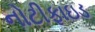
નોટીફાઇડ